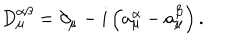
LaTeX: D _ { \mu } ^ { \alpha \beta } = \partial _ { \mu } - i \left( a _ { \mu } ^ { \alpha } - a _ { \mu } ^ { \beta } \right) .